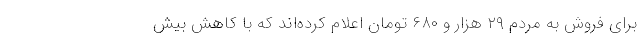
برای فروش به مردم ۲۹ هزار و ۶۸۰ تومان اعلام کرده‌اند که با کاهش بیش